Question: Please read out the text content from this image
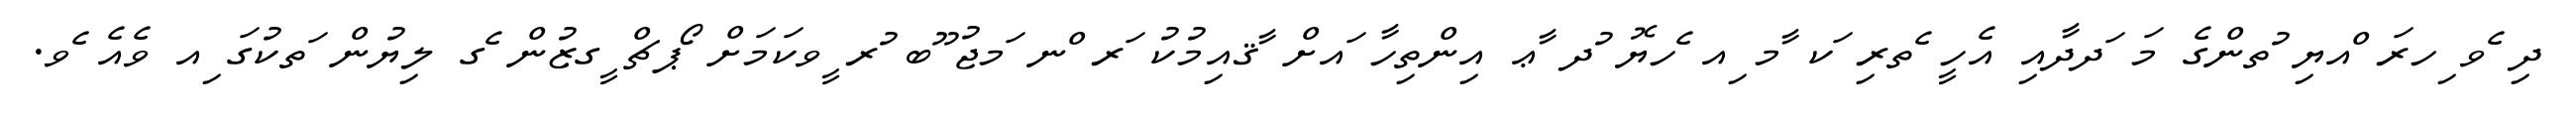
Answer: ދި ެވ ިހރަ ްއޔި ުތންގެ މަ ަދދާއި އެހީ ެތރި ަކ ާމ ިއ ެހޔޮ ުދ ާޢ އިންތިހާ ައށް ާޤއިމުކު ަރ ްނ ަމޖު ޫބ ުރ ީވކަމަށް ޯޕޗް ީގޒުން ެގ ލިޔުން ަތކުގަ ިއ ވެއެ ެވ.